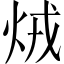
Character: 𤇽